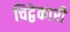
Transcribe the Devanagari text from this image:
चिट्ठेकारी